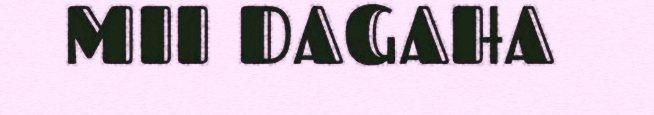
MII DAGAHA